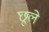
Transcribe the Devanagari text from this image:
छूले